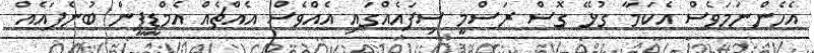
އެހެންނަމަވެސް އެކަމާ ގުޅޭ ގޮސް ރަސްމީ ސިފައެއްގައި އެއްވެސް އެއްޗެއް އެމްޑީޕީން ބުނެފައެއް